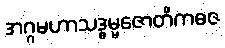
အဂ္ဂမဟာသဒ္ဓမ္မဇောတိကဓဇ